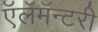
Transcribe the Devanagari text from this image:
ऍलॅमॅन्टरी